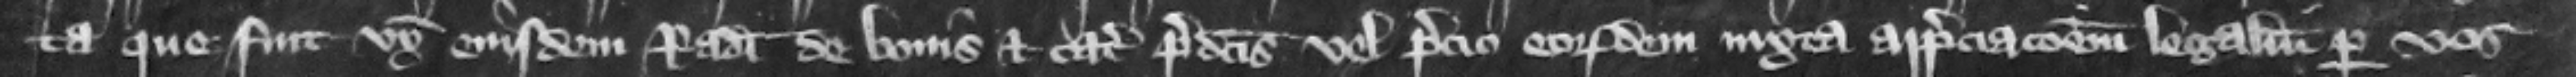
ta que fuit uxor eiusdem Radulphi de bonis et catallis predictis vel precio eorundem iuxta appreciacionem legalium per vos